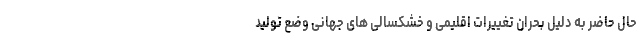
حال حاضر به دلیل بحران تغییرات اقلیمی و خشکسالی های جهانی وضع تولید